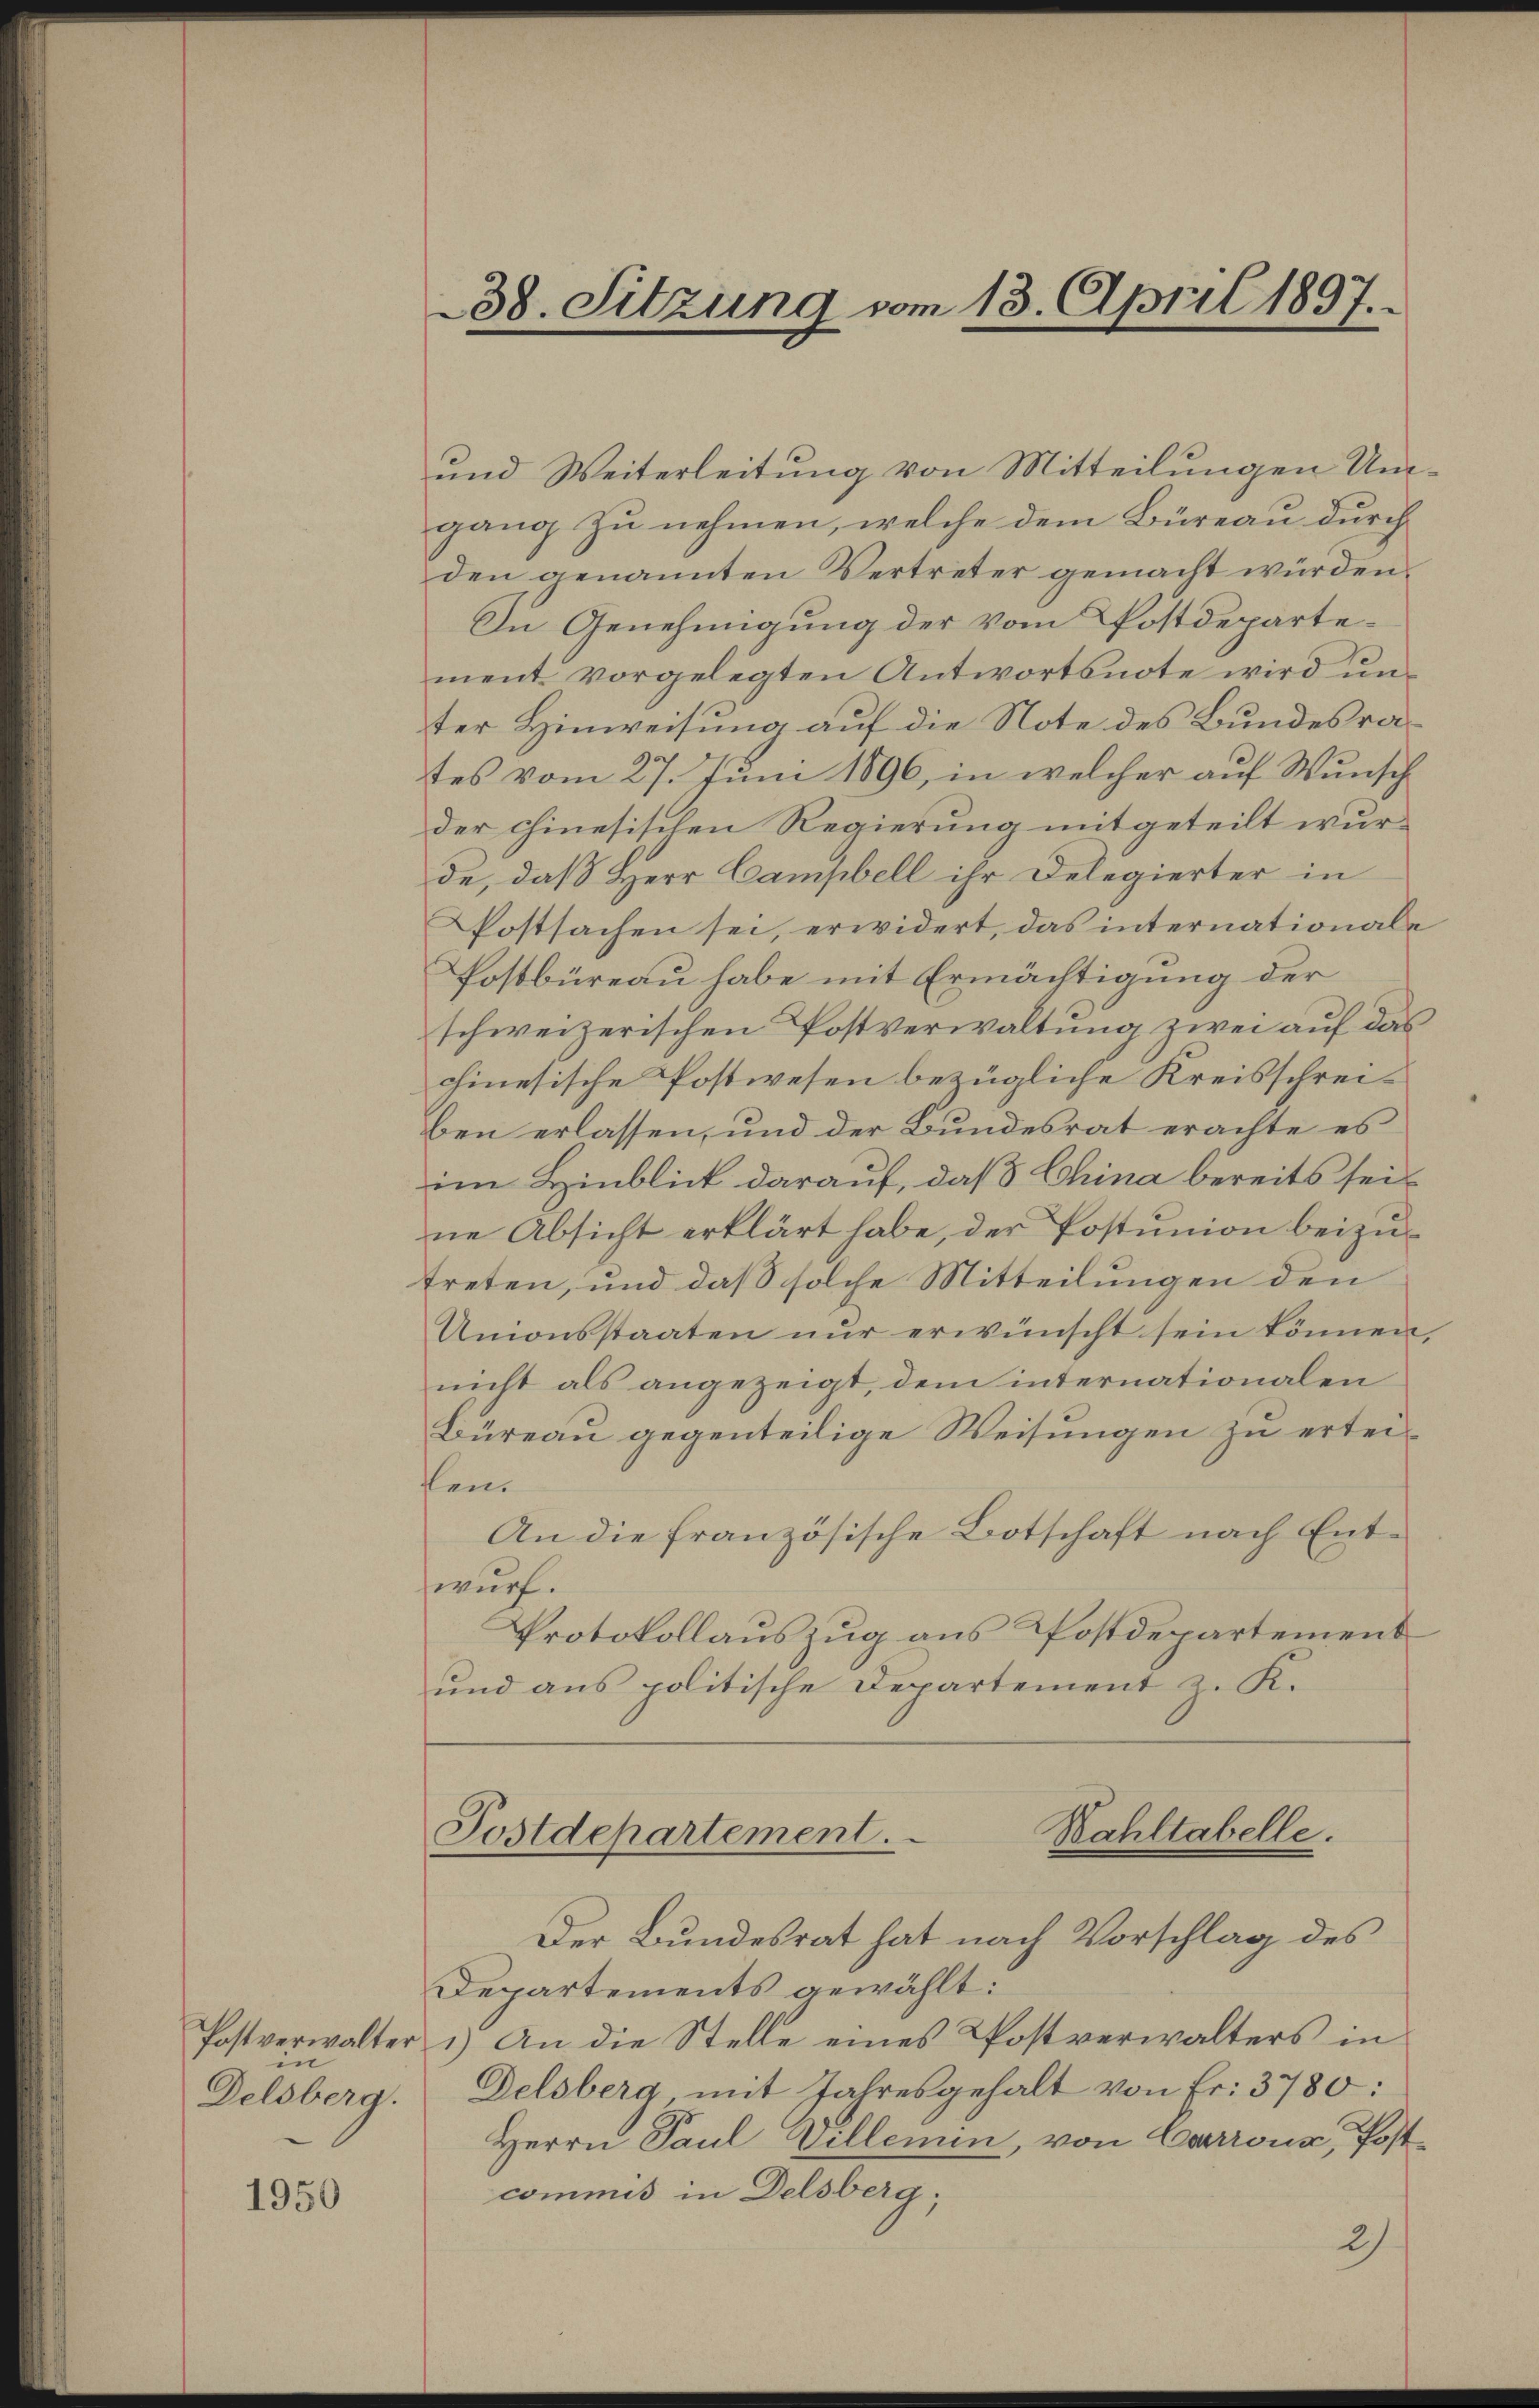
in
Delsberg.

1950

und Weiterleitung von Mitteilungen Umgang zu nehmen, welche dem Büreau durch
den genannten Vertreter gemacht würden.
In Genehmigung der vom Postdepartement vorgelegten Antwortsnote wird ŭn-
ter Hinweisung auf die Note des Bundesrates vom 27. Juni 1890, in welcher auf Wunsch
der chinesischen Regierung mitgeteilt wurde, daß Herr Campbell ihr Delegierter in
Postsachen sei, erwidert, das internationale
Postbüreau habe mit Ermächtigung der
schweizerischen Postverwaltung zwei auf das
chinesische Postwesen bezügliche Kreisschreiben erlassen, und der Bundesrat erachte es
im Hinblick darauf, daß China bereits seine Absicht erklärt habe, der Postunion beizutreten, und daß solche Mitteilungen den
Unionsstaaten nur erwünscht sein können.
nicht als angezeigt, dem internationalen
Büreau gegenteilige Weisungen zu erteiken.
An die französische Botschaft nach Entwurf.
Protokollauszug aus Postdepartement
und aus politische Departement z. K.

38. Sitzung vom 13. April 1897.

Postdepartement.
Bahltabelle.

Der Bundesrat hat nach Vorschlag des
Departements gewählt:
Postverwalter 1) An die Stelle eines Postverwalters in
Delsberg, mit Jahresgehalt von Fr. 3780:
Herrn Paul Villemin, von Carroux, Postcommis in Delsberg;
2)